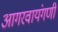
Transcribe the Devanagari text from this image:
आगरवायंगणी